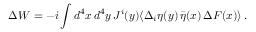
\Delta W = - i \int d ^ { 4 } x \, d ^ { 4 } y \, J ^ { i } ( y ) \langle \Delta _ { i } \eta ( y ) \, \bar { \eta } ( x ) \, \Delta F ( x ) \rangle \, .